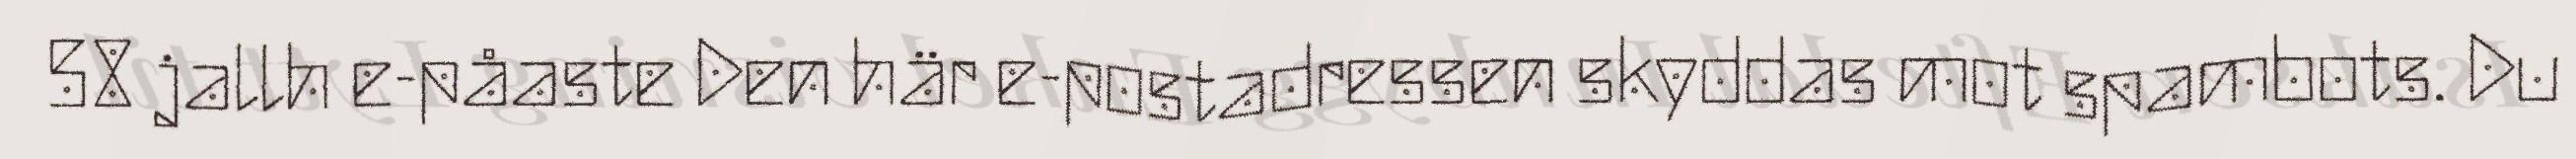
58 jallh e-påaste Den här e-postadressen skyddas mot spambots. Du